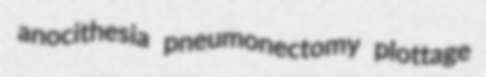
anocithesia pneumonectomy plottage